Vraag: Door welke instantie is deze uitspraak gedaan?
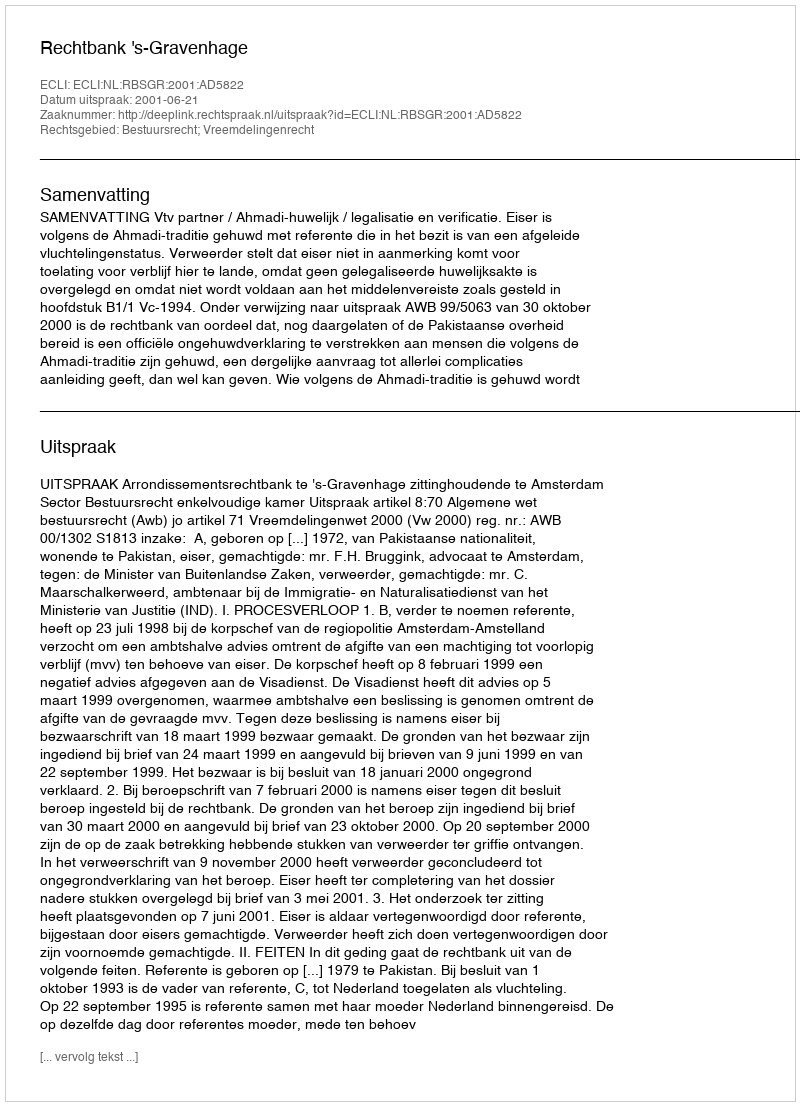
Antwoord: Rechtbank 's-Gravenhage